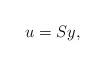
LaTeX: \begin{align*}u=Sy,\end{align*}